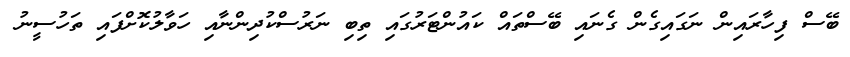
ބޭސް ފިހާރައިން ނަގައިގެން ގެނައި ބޭސްތައް ކައުންޓަރުގައި ތިބި ނަރުސްކުދިންނާއި ހަވާލުކޮށްފައި ތަހުސީނު